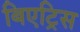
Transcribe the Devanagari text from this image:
बिएट्रिस